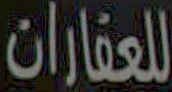
للعقارات